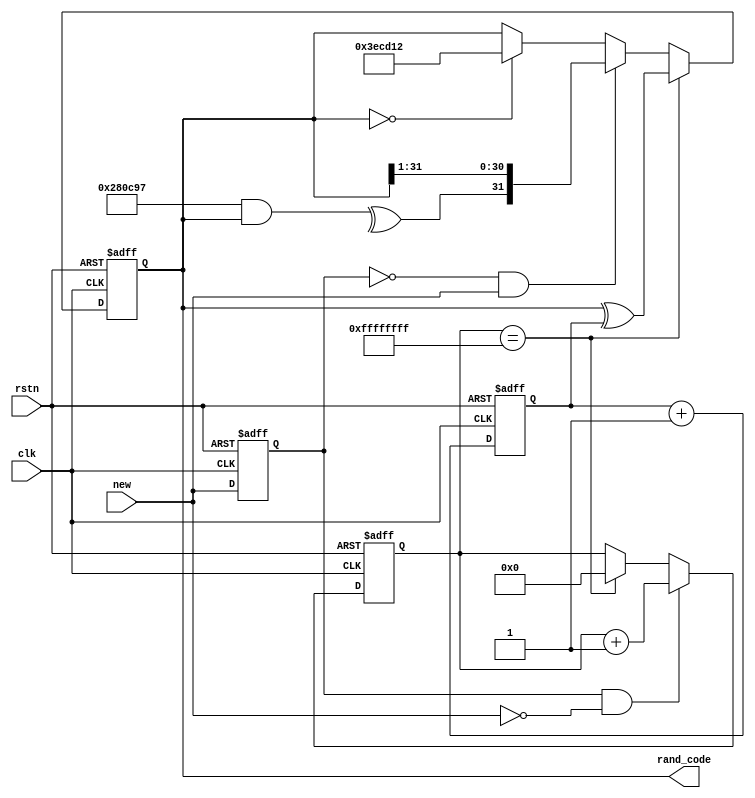
module rand_core(
    input               clk,        //
    input               rstn,       //
    input               new,        //
    
    output reg [31:0] rand_code
    );
    
parameter seed = 32'h3ecd12;  //
parameter feedback = 32'h280c97;  //

reg [31:0] time_seed;
reg        reset_seed_d;
reg        new_d;
reg [31:0] new_cnt;

//
/* ^verilog */
wire feedback_item = ^( feedback & rand_code );

//new
//new2^31-1
wire reset_seed; //
assign reset_seed = ( new_cnt == ~32'd0 ) ? 1'b0 : 1'b1;
always @( posedge clk or negedge rstn ) begin
     if( !rstn )
        new_cnt <= 32'd0;
     else if( new_d & ~new )
        new_cnt <= new_cnt + 1'b1;
     else if( new_cnt == ~32'd0 )
        new_cnt <= 32'd0;
end

//
always @( posedge clk or negedge rstn ) begin
    if( !rstn )
        new_d <= 1'b0;
    else
        new_d <= new;
end

//clk
always @( posedge clk or negedge rstn ) begin
    if( !rstn )
        time_seed <= 32'd0;
    else
        time_seed <= time_seed + 1'b1;
end

//M
always @( posedge clk or negedge rstn ) begin
    if( !rstn ) 
        rand_code <= seed;
    else if( !reset_seed )
        rand_code <= rand_code ^ time_seed;
    else if( ~new_d & new )
        rand_code <= { feedback_item, rand_code[31:1] };
    //0
    else if( rand_code == 32'd0 )
        rand_code <= seed;
end
    
endmodule